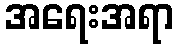
အရေးအရာ